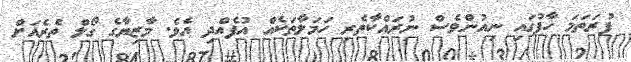
ފުރަތަމަ ހާފުގައި ނިއުންވެސް ނުރައްކާތެރި ހަމަލާތަކެއް އުފެއްދި އެވެ. މާޒިޔާގެ ގޯލް ތެރެއަށް